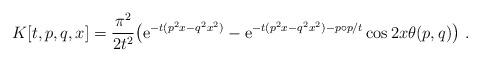
LaTeX: \begin{align*}K[t,p,q,x] = \frac{\pi^2}{2 t^2} \big(\mathrm{e}^{- t(p^2 x - q^2x^2)} - \mathrm{e}^{- t(p^2 x - q^2 x^2)- p\circ p/t } \cos2 x\theta(p,q) \big)~.\end{align*}